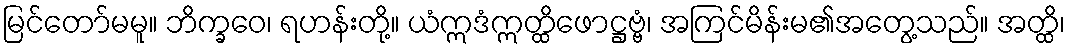
မြင်တော်မမူ။ ဘိက္ခဝေ၊ ရဟန်းတို့။ ယံဣဒံဣတ္ထိဖောဋ္ဌဗ္ဗံ၊ အကြင်မိန်းမ၏အတွေ့သည်။ အတ္ထိ၊